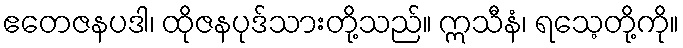
ဧတေဇနပဒါ၊ ထိုဇနပုဒ်သားတို့သည်။ ဣသီနံ၊ ရသေ့တို့ကို။